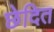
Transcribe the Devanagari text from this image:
छेदित